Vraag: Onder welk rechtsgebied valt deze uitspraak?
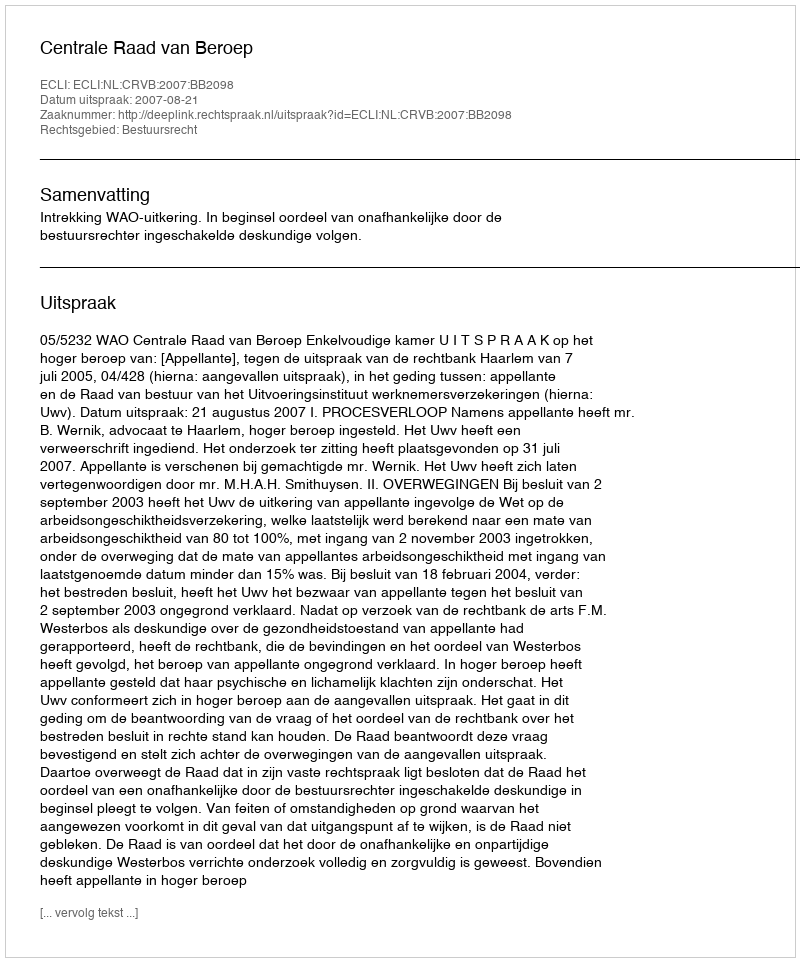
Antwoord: Bestuursrecht